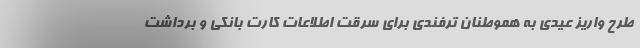
طرح واریز عیدی به هموطنان ترفندی برای سرقت اطلاعات کارت بانکی و برداشت